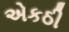
એકઠી